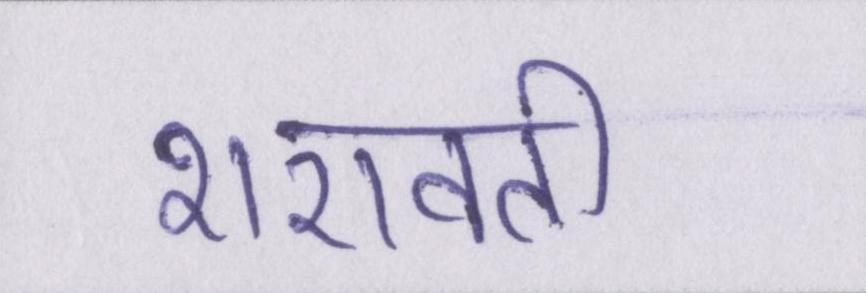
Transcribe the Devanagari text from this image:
शरावती